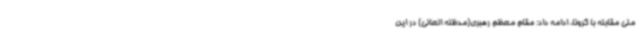
ملی مقابله با کرونا، ادامه داد: مقام معظم رهبری(مدظله العالی) در این